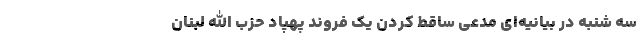
سه شنبه در بیانیه‌ای مدعی ساقط کردن یک فروند پهپاد حزب الله لبنان